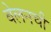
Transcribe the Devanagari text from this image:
बेलनची